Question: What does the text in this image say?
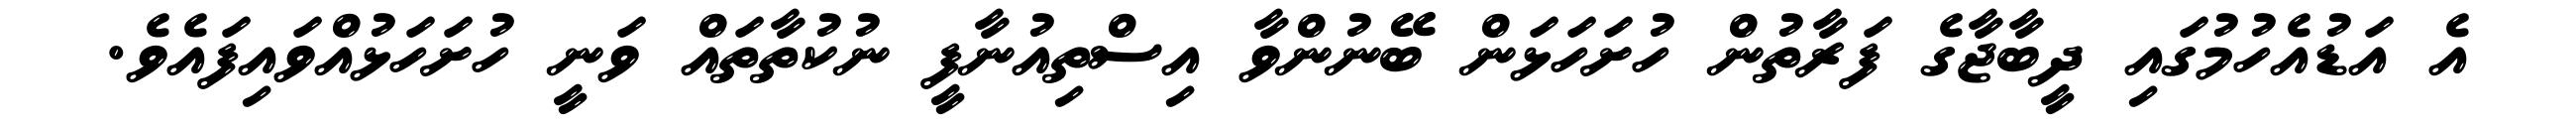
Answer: އެ އަޑުއެހުމުގައި ދީބާޖާގެ ފަރާތުން ހުށަހަޅަން ބޭނުންވާ އިސްތިއުނާފީ ނުކުތާތައް ވަނީ ހުށަހަޅުއްވައިފައެވެ.